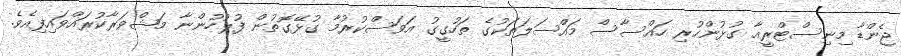
ޖެންޑާ މިނިސްޓްރީއާ ގުޅުންހުރި ހައްސާސް މައްސަލަތަކުގެ ތަހުގީގު އަވަސްކުރުމާ ގުޅޭގޮތުން ފުލުހުންނާ މަޝްވަރާކުރައްވައިފިއެވެ.